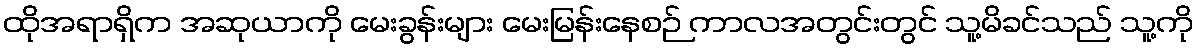
ထိုအရာရှိက အဆုယာကို မေးခွန်းများ မေးမြန်းနေစဉ် ကာလအတွင်းတွင် သူ့မိခင်သည် သူ့ကို